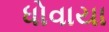
ધોવાયા